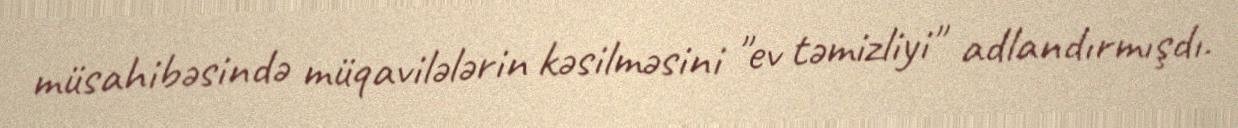
müsahibəsində müqavilələrin kəsilməsini "ev təmizliyi" adlandırmışdı.